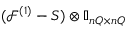
( \mathcal F ^ { ( 1 ) } - S ) \otimes \ensuremath { \mathbb { I } _ { n Q \times n Q } }